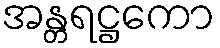
အန္တရဋ္ဌကော